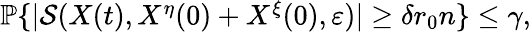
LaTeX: \begin{array}{r}{\mathbb{P}\{ |\mathcal{S}(X(t),X^{\eta}(0)+X^{\xi}(0),\varepsilon)|\ge\delta r_{0}n\} \le\gamma,}\end{array}